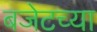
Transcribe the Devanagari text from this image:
बजेटच्या